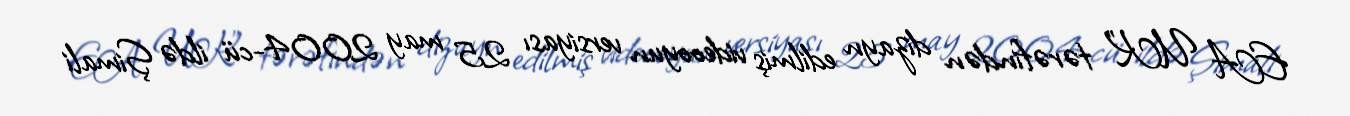
EA UK" tərəfindən dizayn edilmiş videooyun versiyası 25 may 2004-cü ildə Şimali